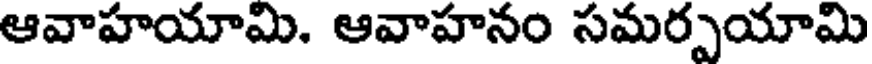
ఆవాహయామి. ఆవాహనం సమర్పయామి